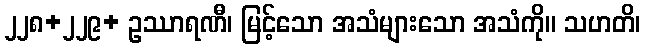
၂၂၈+၂၂၉+ ဥဿာရဏီ၊ မြင့်သော အသံများသော အသံကို။ သဟတိ၊